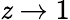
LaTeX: \mathit{z}\rightarrow1